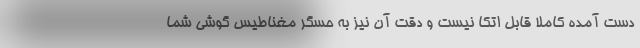
دست آمده کاملا قابل اتکا نیست و دقت آن نیز به حسگر مغناطیس گوشی شما